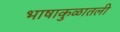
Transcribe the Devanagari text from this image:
भाषाकुळातली